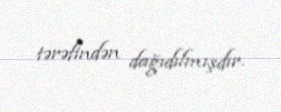
tərəfindən dağıdılmışdır.